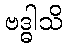
ဗဒ္ဓါသိ